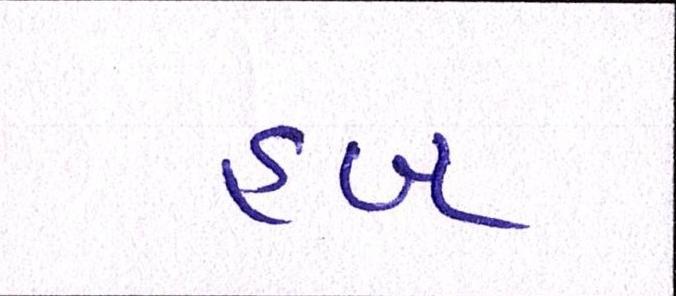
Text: હબ